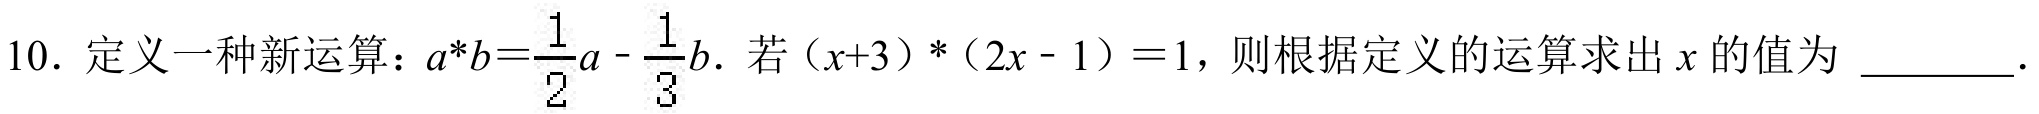
10. 定义一种新运算：$a*b = \frac{1}{2}a - \frac{1}{3}b$. 若$(x + 3)*(2x - 1)=1$，则根据定义的运算求出$x$的值为 \_\_\_\_\_ .